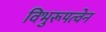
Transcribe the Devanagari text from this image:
विभुरूपत्वेन